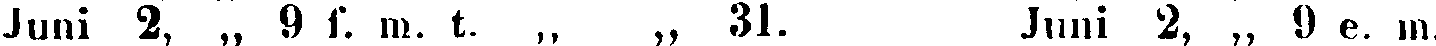
uni 2, „ 9 f. m. t. „ „ 31. Juni 2, „ 9 e. m